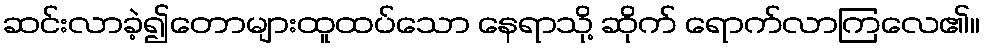
ဆင်းလာခဲ့၍တောများထူထပ်သော နေရာသို့ ဆိုက် ရောက်လာကြလေ၏။